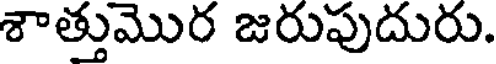
శాత్తుమొర జరుపుదురు.